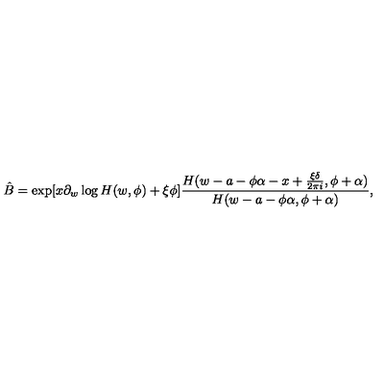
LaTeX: \hat { B } = \exp [ x \partial _ { w } \log H ( w , \phi ) + \xi \phi ] \frac { H ( w - a - \phi \alpha - x + \frac { \xi \delta } { 2 \pi i } , \phi + \alpha ) } { H ( w - a - \phi \alpha , \phi + \alpha ) } ,